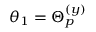
\theta _ { 1 } = \Theta _ { p } ^ { ( y ) }